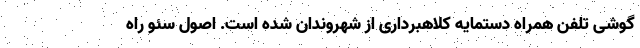
گوشی تلفن همراه دستمایه کلاهبرداری از شهروندان شده است. اصول سئو راه